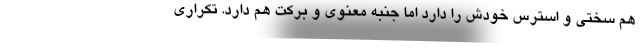
هم سختی و استرس خودش را دارد اما جنبه معنوی و برکت هم دارد. تکراری